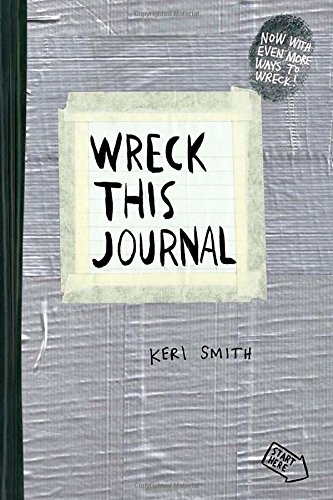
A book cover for Wreck This Journal (Duct Tape) Expanded Ed.; Keri Smith; Self-Help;